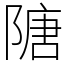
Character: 䧜